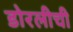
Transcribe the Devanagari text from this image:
डोरलीची